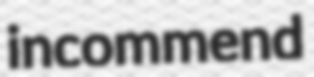
incommend